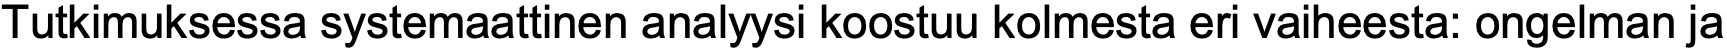
Tutkimuksessa systemaattinen analyysi koostuu kolmesta eri vaiheesta: ongelman ja